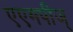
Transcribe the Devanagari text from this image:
एएमपीज्